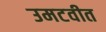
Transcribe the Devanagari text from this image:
उमटवीत